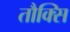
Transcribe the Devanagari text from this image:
तौक्सि